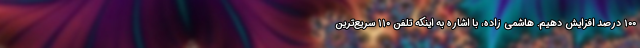
۱۰۰ درصد افزایش دهیم. هاشمی زاده، با اشاره به اینکه تلفن ۱۱۰ سریع‌ترین